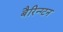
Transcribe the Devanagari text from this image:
बैरिन्ग्टन